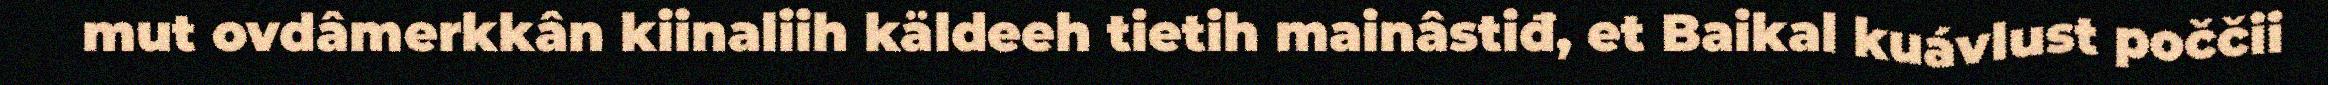
mut ovdâmerkkân kiinaliih käldeeh tietih mainâstiđ, et Baikal kuávlust poččii